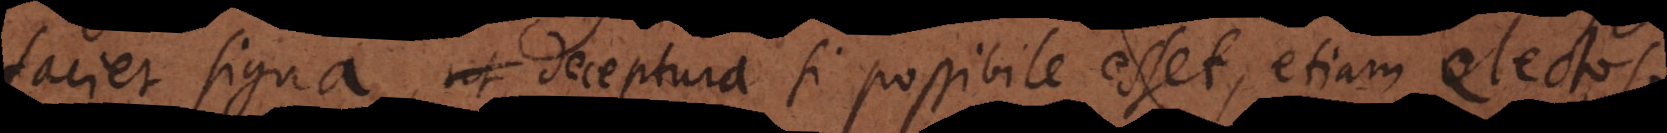
faciet signa deceptura, si possibile esset, etiam electos.